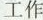
工作